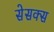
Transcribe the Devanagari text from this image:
सेसक्स